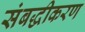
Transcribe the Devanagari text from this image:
संबद्धीकरण